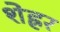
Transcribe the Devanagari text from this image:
शेह्रर